Lunatic asylums Madras 1877-1891 - 1877-1891
Year: 1877
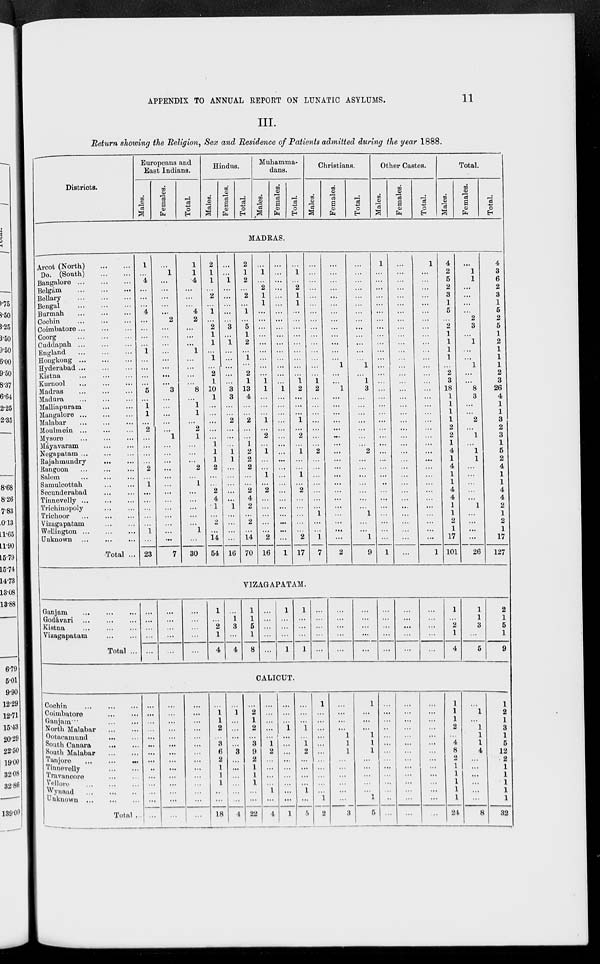
APPENDIX TO ANNUAL REPORT ON LUNATIC ASYLUMS.
11
III.
Return showing the Religion, Sex and Residence of Patients admitted during the year 1888.
Districts.
Europeans and
East Indians.
Males.
Females.
Total.
Hindus.
Males.
Females.
Total.
Muhamma¬
dans.
Males.
Females.
Total.
Christians.
Males.
Females.
Total.
Other Castes.
Males.
Females.
Total.
Total.
Males.
Females.
Total.
MADRAS.
Arcot (North)
...
...
Do. (South)
...
...
Bangalore
...
...
...
Belgám.
...
...
...
Bellary
...
...
....
Bengal
...
...
...
Burmah
...
...
...
Cochin ... ... ...
Coimbatore...
... ...
Coorg
...
...
...
Cuddapah
...
...
...
England ... ... ...
Hongkong
...
...
...
Hyderabad ... ... ...
Kistna
...
...
...
Kurnool
...
...
...
Madras
...
...
...
Madura
...
...
...
Malliapuram
...
...
Mangalore
...
...
...
Malabar
...
...
...
Moulmein
...
...
...
Mysore
...
...
...
Máyavaram
...
...
Negapatam...
...
...
Rajahmundry
...
...
Rangoon
...
...
...
Salem
...
...
...
Samulcottah
...
...
Secunderabad
...
...
Tinnevelly
...
...
Trichinopoly ... ...
Trichoor
...
...
...
Vizagapatam
...
...
Wellington
...
...
...
Unknown
...
...
...
Total ...
1
...
4
...
...
...
4
...
...
...
...
1
...
...
...
...
5
...
1
1
...
2
...
...
...
...
2
...
1
...
...
...
...
...
1
...
23
...
1
...
...
...
...
...
2
...
...
...
...
...
...
...
...
3
...
...
...
...
...
1
...
...
...
...
...
...
...
...
...
...
...
...
...
7
1
1
4
...
...
...
4
2
...
...
...
1
...
...
...
...
8
...
1
1
...
2
1
...
...
...
2
...
1
...
...
...
...
...
1
...
30
2 1
1
...
2
...
1
...
2
1
1
...
1
...
2
1
10
1
...
...
...
...
...
1
1
1
2
...
...
2
4
1
...
2
...
14
54
...
...
1
...
...
...
...
...
3
...
1
...
...
...
...
...
3
3
...
...
2
...
...
...
1
1
...
...
...
...
...
1
...
...
...
...
16
2
1
2
...
2
...
1
...
5
1
2
...
1
...
2
1
13
4
...
...
2
...
...
1
2
2
2
...
...
2
4
2
...
2
...
14
70
...
1
...
2
1
1
...
...
...
...
...
...
...
...
...
1
1
...
...
...
1
...
2
...
1
...
...
1
...
2
...
...
...
...
...
2
16
...
...
...
...
...
...
...
...
...
...
...
...
...
...
...
...
1
...
...
...
...
...
...
...
...
...
...
...
...
...
...
...
...
...
...
...
1
...
1
...
2
1
1
...
...
...
...
...
...
...
...
...
1
2
...
...
...
1
...
2
...
1
...
...
1
...
2
...
...
...
...
...
2
17
...
...
...
...
...
...
...
...
...
...
...
...
...
...
...
1
2
...
...
...
...
...
...
...
2
...
...
...
...
...
...
...
1
...
...
1
7
...
...
...
...
...
...
...
...
...
...
...
...
...
1
...
...
1
...
...
...
...
...
...
...
...
...
...
...
...
...
...
...
...
...
...
...
2
...
...
...
...
...
...
...
...
...
...
...
...
...
1
...
1
3
...
...
...
...
...
...
...
2
...
...
...
...
...
...
...
1
...
...
1
9
1
...
...
...
...
...
...
...
...
...
...
...
...
...
...
...
...
...
...
...
...
...
...
...
...
...
...
...
...
...
...
...
...
...
...
...
1
...
...
...
...
...
...
...
...
...
...
...
...
...
...
...
...
...
...
...
...
...
...
...
...
...
...
...
...
...
...
...
...
...
...
...
...
...
1
...
...
...
...
...
...
...
...
...
...
...
...
...
...
...
...
...
...
...
...
...
...
...
...
...
...
...
...
...
...
...
...
...
...
...
1
4
2
5
2
3
1
5
...
2
1
1
1
1
...
2
3
18
1
1
1
1
2
2
1
4
1
4
1
1
4
4
1
1
2
1
17
101
...
1
1
...
...
...
...
2
3
...
1
...
...
1
...
...
8
3
...
...
2
...
1
...
1
1
...
...
...
...
...
1
...
...
...
...
26
4
3
6
2
3
1
6
2
5
1
2
1
1
1
2
3
26
4
1
1
3
2
3
1
6
2
4
1
1
4
4
2
1
2
1
17
127
VIZAGAPATAM.
Ganjam
...
...
...
Godávari
...
...
...
Kistna
...
...
...
Vizagapatam
...
...
Total ...
...
...
...
...
...
...
...
...
...
...
...
...
...
...
...
1
...
2
1
4
...
1
3
...
4
1
1
5
1
8
...
...
...
...
...
1
...
...
...
1
1
...
...
...
1
...
...
...
...
...
...
...
...
...
...
...
...
...
...
...
...
...
...
...
...
...
...
...
...
...
...
...
...
...
1
...
2
1
4
1
1
3
...
5
2
1
5
1
9
CALICUT.
Cochin
...
...
...
Coimbatore
...
...
Ganjam ... ... ...
North Malabar
...
...
Ootacamund
...
...
South Canara
...
...
South Malabar
...
...
Tanjore ... ... ...
Tinnevelly ... ... ...
Travancore ... ... ...
Vellore
...
...
...
Wynand
...
...
...
Unknown...
...
...
Total ...
...
...
...
...
...
...
...
...
...
...
...
...
...
...
...
...
...
...
...
...
...
...
...
...
...
...
...
...
...
...
...
...
...
...
...
...
...
...
...
...
...
...
...
1
1
2
...
3
6
2
1
1
1
...
...
18
...
1
...
...
...
...
3
...
...
...
. ..
...
...
2
...
2
1
2
...
3 9
2
1
1
1
...
...
22
...
...
...
...
...
1
2
...
...
...
...
1
...
4
...
...
...
1
...
...
...
...
...
...
...
...
...
1
...
...
...
1
...
1
2
...
...
...
...
1
...
5
1
...
...
...
...
...
...
...
...
...
...
...
1
2
...
...
...
...
1
1
1
...
...
...
...
...
...
3
1
...
...
...
1
1
1
...
...
...
...
...
1
5
...
...
...
...
...
...
...
...
...
...
...
...
...
...
...
...
...
...
...
...
...
...
...
...
...
...
...
...
...
...
...
...
...
...
...
...
...
...
...
...
...
...
1
1
1
2
...
4
8
2
1
1
1
1
1
24
...
1
...
1
1
1
4
...
...
...
...
...
...
8
1
2
1
3
1
6
12
2
1
1
1
1
1
32